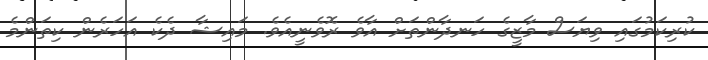
ކުރިކަމުގައި ވިޔަސް މާޒީގެ ހަނދާންތަށް އާވެ ރޮވެނީއެވެ. މައިޝާ ދެކެ އަހަރެން ކިތަންމެ